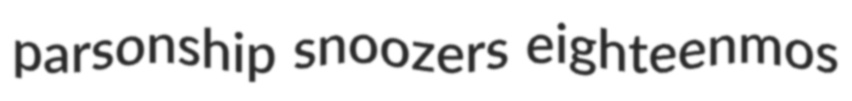
parsonship snoozers eighteenmos